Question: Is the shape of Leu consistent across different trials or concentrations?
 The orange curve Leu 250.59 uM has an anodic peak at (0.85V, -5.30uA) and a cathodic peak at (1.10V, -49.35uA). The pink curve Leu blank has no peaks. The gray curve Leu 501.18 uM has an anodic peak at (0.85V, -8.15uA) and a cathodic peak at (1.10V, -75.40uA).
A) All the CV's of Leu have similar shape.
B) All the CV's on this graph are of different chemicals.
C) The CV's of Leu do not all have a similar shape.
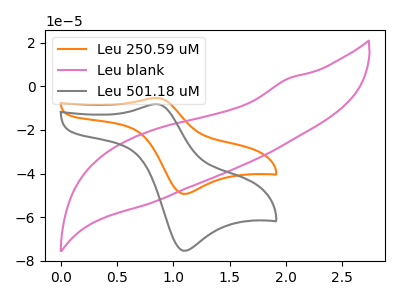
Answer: <think>"Leu 250.59 uM" and "Leu blank" have a different number of peaks. All the peaks in "Leu 250.59 uM" have a peak in "Leu 501.18 uM" at the same potential. "Leu blank" and "Leu 501.18 uM" have a different number of peaks.
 </think>
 <answer>A) All the CV's of "Leu" have similar shape.</answer>
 <eval>A</eval>